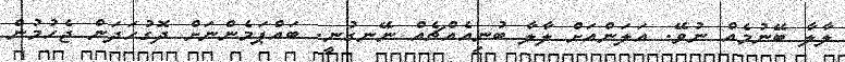
ލާލާ ބޭނުމެއް ނުވޭ. އަލަންއަށް ލާލާ ބުނިއެއްޗެއް ނޭނގުނީ. ބައްޕަމެންނަށް ދޮގުހަދަން ޖެހުމުން